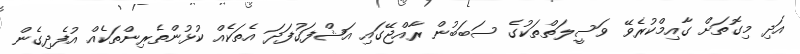
އަދި މިގޮތަށް ގާއިމްކުރެވޭ ވަސީލަތްތަކުގެ ސަބަބުން ރާއްޖޭގައި އަޝްފަގުފަދަ އެތަކެއް ކުޅުންތެރިންތަކެއް އުފެދިގެން